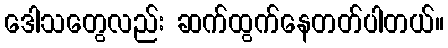
ဒေါသတွေလည်း ဆက်ထွက်နေတတ်ပါတယ်။